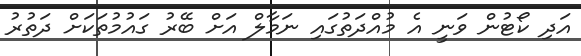
އަދި ކޯޓުން ވަނީ އެ މުއްދަތުގައި ނަމާލް އަށް ބޭރު ގައުމުތަކަށް ދަތުރު